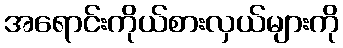
အရောင်းကိုယ်စားလှယ်များကို